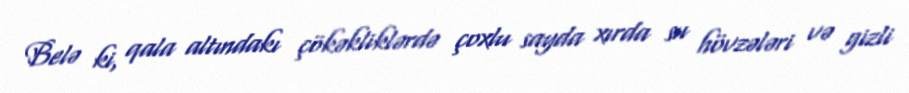
Belə ki, qala altındakı çökəkliklərdə çoxlu sayda xırda su hövzələri və gizli